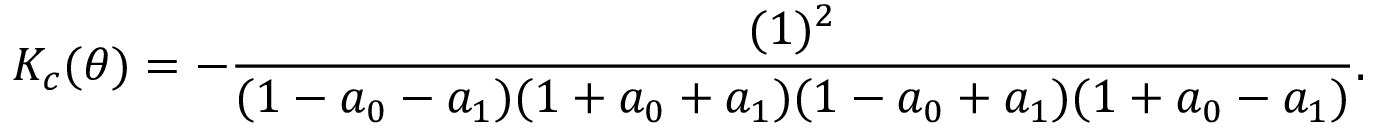
K _ { c } ( \theta ) = - \frac { ( 1 ) ^ { 2 } } { ( 1 - a _ { 0 } - a _ { 1 } ) ( 1 + a _ { 0 } + a _ { 1 } ) ( 1 - a _ { 0 } + a _ { 1 } ) ( 1 + a _ { 0 } - a _ { 1 } ) } .